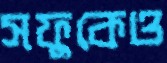
সফুকেও